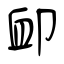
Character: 卹